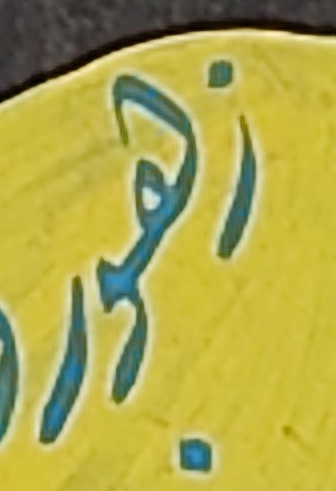
زهور